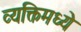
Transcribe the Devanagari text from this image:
व्यक्तिमध्ये